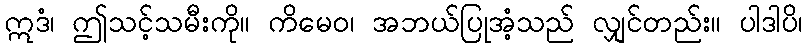
ဣဒံ၊ ဤသင့်သမီးကို။ ကိမေဝ၊ အဘယ်ပြုအံ့သည် လျှင်တည်း။ ပါဒါပိ၊